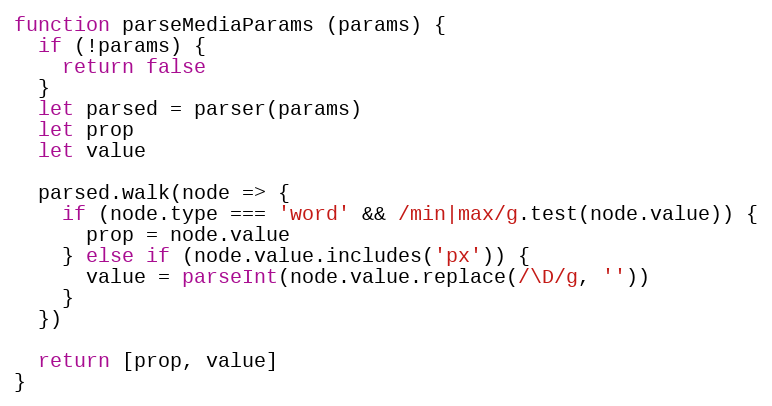
Language: JavaScript
function parseMediaParams (params) {
  if (!params) {
    return false
  }
  let parsed = parser(params)
  let prop
  let value

  parsed.walk(node => {
    if (node.type === 'word' && /min|max/g.test(node.value)) {
      prop = node.value
    } else if (node.value.includes('px')) {
      value = parseInt(node.value.replace(/\D/g, ''))
    }
  })

  return [prop, value]
}